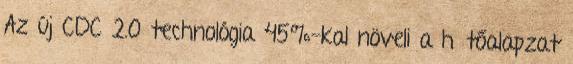
Az új CDC 2.0 technológia 45%-kal növeli a hűtőalapzat